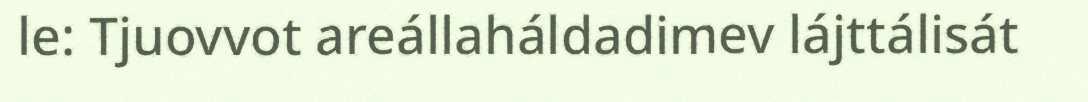
le: Tjuovvot areállaháldadimev lájttálisát